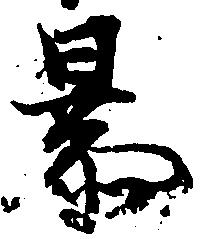
暴